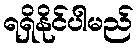
ရရှိနိုင်ပါမည်